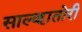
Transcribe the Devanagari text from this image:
साल्व्हातोरी